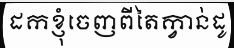
ដកខ្ញុំចេញពីតៃក្វាន់ដូ